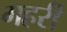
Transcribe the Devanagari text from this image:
गहरीं